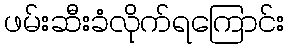
ဖမ်းဆီးခံလိုက်ရကြောင်း